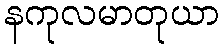
နကုလမာတုယာ